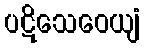
ပဋိသေဝေယျံ